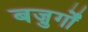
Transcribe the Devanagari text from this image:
बज़ुर्गों